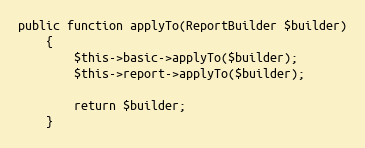
Language: PHP
public function applyTo(ReportBuilder $builder)
    {
        $this->basic->applyTo($builder);
        $this->report->applyTo($builder);

        return $builder;
    }